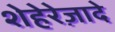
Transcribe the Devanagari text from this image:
शेहेरेज़ादे